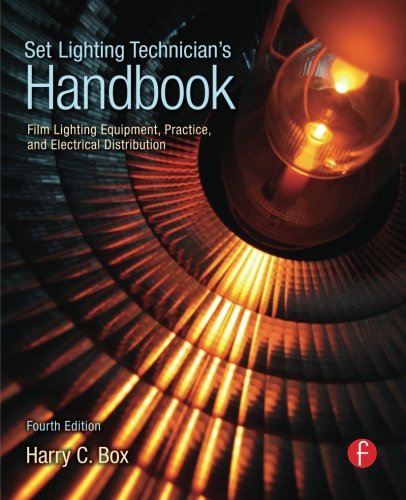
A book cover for Set Lighting Technician's Handbook: Film Lighting Equipment, Practice, and Electrical Distribution; Harry Box; Humor & Entertainment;